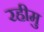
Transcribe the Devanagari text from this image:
रहीमु